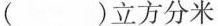
$$()立方分米$$